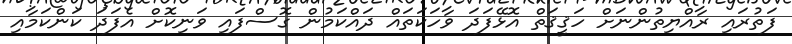
ފަތުރައި ރާއްޔިތުންނަށް ހަޤީޤަތް އޮޅޭފަދަ ވާހަކަތައް ދައްކަމުން ގޮސްފައި ވަނިކޮށް އެފަދަ ކަންކަމާއި